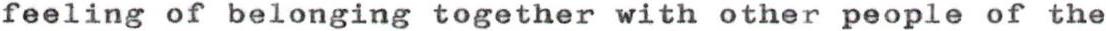
feeling of belonging together with other people of the